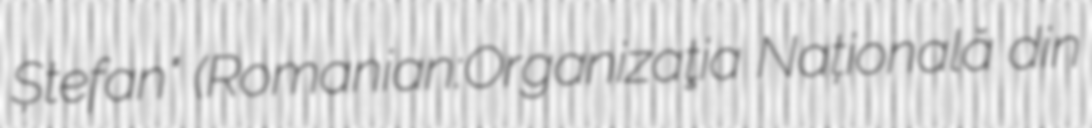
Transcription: Ștefan" (Romanian:Organizaţia Națională din